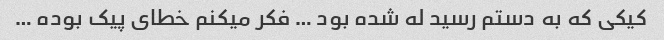
کیکی که به دستم رسید له شده بود … فکر میکنم خطای پیک بوده …